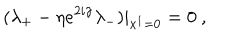
( \lambda _ { + } - \eta e ^ { 2 i \gamma } \lambda _ { - } ) | _ { x ^ { 1 } = 0 } = 0 \ ,